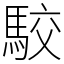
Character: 駮